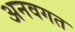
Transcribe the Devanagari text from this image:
अनवगत